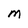
Character: M